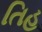
તિહ